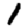
Digit: 1